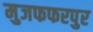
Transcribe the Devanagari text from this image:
मुजफफरपुर